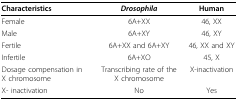
<table><thead><tr><td><b>Characteristics</b></td><td><b><i>Drosophila</i></b></td><td><b>Human</b></td></tr></thead><tbody><tr><td>Female</td><td>6A+XX</td><td>46, XX</td></tr><tr><td>Male</td><td>6A+XY</td><td>46, XY</td></tr><tr><td>Fertile</td><td>6A+XX and 6A+XY</td><td>46, XX and XY</td></tr><tr><td>Infertile</td><td>6A+XO</td><td>45, X</td></tr><tr><td>Dosage compensation in X chromosome</td><td>Transcribing rate of the X chromosome</td><td>X-inactivation</td></tr><tr><td>X- inactivation</td><td>No</td><td>Yes</td></tr></tbody></table>